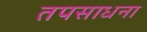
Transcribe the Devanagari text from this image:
तपसाधना